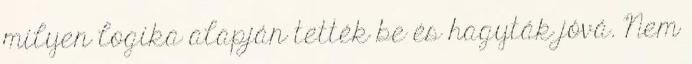
milyen logika alapján tették be és hagyták jóvá. Nem